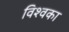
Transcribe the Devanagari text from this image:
विश्वका